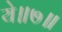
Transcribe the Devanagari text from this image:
ये॥७॥